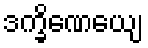
ဒက္ခိဏေယျေ